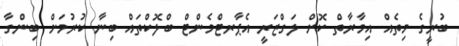
ބުރީގެ މިތެއް އިމާރާތް ކޮށް ލަގްޒަރީ އެޕާރޓްމެންޓް ބްލޮކްތައް ބިނާ ކުރުމަށް ބިންގާ